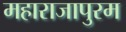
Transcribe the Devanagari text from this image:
महाराजापुरम